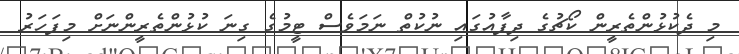
މި ދެކުޅުންތެރީން ކޯޗުގެ ދިފާއުގައި ނުކުތް ނަމަވެސް ޓީމުގެ ގިނަ ކުޅުންތެރީންނަށް މިފަހަރު